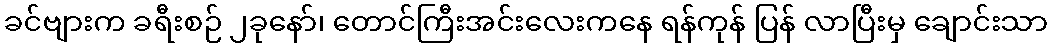
ခင်ဗျားက ခရီးစဉ် ၂ခုနော်၊ တောင်ကြီးအင်းလေးကနေ ရန်ကုန် ပြန် လာပြီးမှ ချောင်းသာ